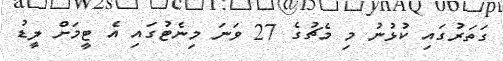
ގަތަރުގައި ކުޅުނު މި މެޗުގެ 27 ވަނަ މިނެޓުގައި އެ ޓީމަށް ލީޑު